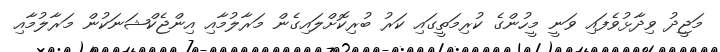
މަޖީދު ވިދާޅުވެފައި ވަނީ މީހުންގެ ކުރިމަތީގައި ކަރު ބުރިކޮށްލައިގެން މަރާލުމާއި އިންޖެކްޝަނަކުން މަރާލުމާއި